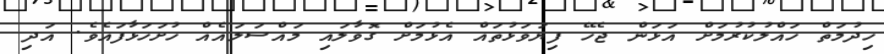
ހިދުމަތް ހައްލުކުރުމަށް އަޅަން ޖެހޭ ފިޔަވަޅުތައް އެޅުމަށް ގޮވާލައި މައްސަލައެއް ހުށަހަޅާފައެވެ. އަދި